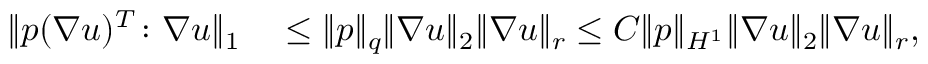
\begin{array} { r l } { \| p ( \nabla u ) ^ { T } \colon \nabla u \| _ { 1 } } & { { } \leq \| p \| _ { q } \| \nabla u \| _ { 2 } \| \nabla u \| _ { r } \leq C \| p \| _ { H ^ { 1 } } \| \nabla u \| _ { 2 } \| \nabla u \| _ { r } , } \end{array}